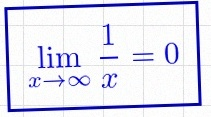
\lim_{x\to\infty}\frac{1}{x}=0